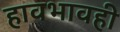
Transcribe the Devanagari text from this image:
हावभावही